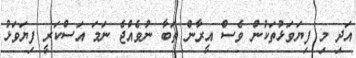
އަދި މި ފިޔަވަޅުތަކުން ވެސް އީރާން ތަބާ ނުވެއްޖެ ނަމަ އަސްކަރީ ފިޔަވަޅު